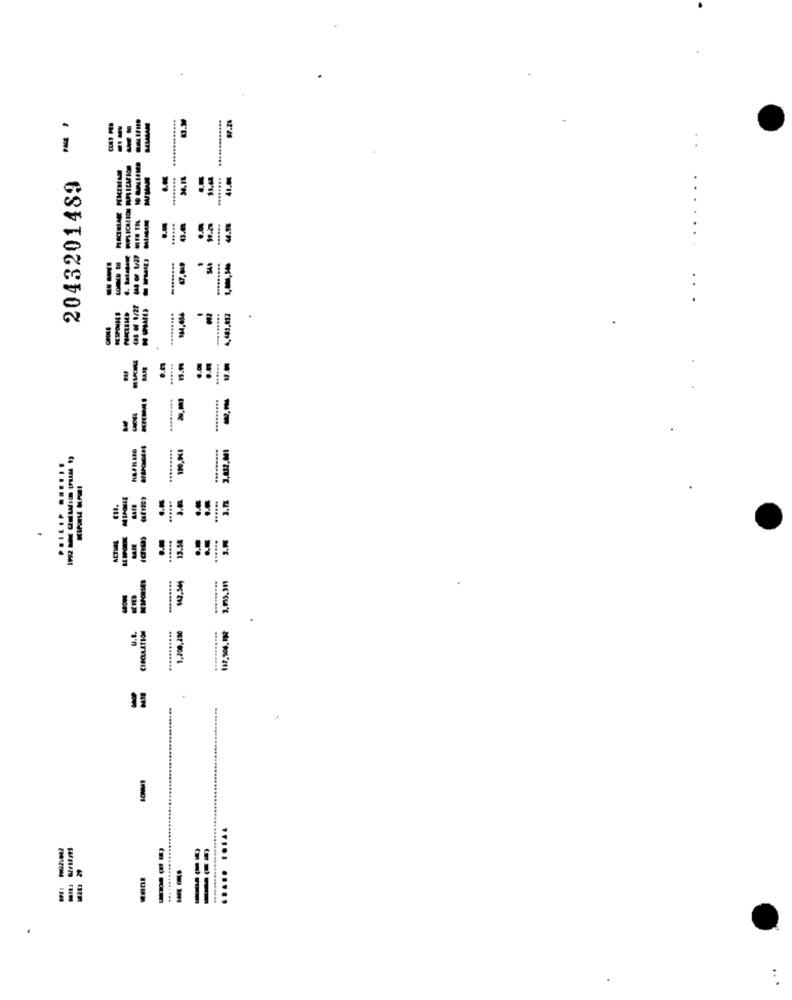
1.24
2043201489
......
..
...
4,443,012
.........
......
130,141
.......
......
u't
ACTUAL
13.54
1,230,200
U.S.
-
--
..